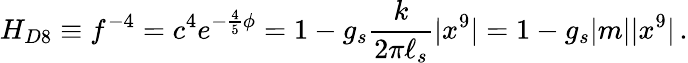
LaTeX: H_{D8}\equiv f^{-4}=c^{4}e^{-{\frac{4}{5}}\phi}=1-g_{s}{\frac{k}{2\pi\ell_{s}}}|x^{9}|=1-g_{s}|m||x^{9}|\, .